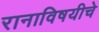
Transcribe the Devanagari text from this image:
रानाविषयीचे